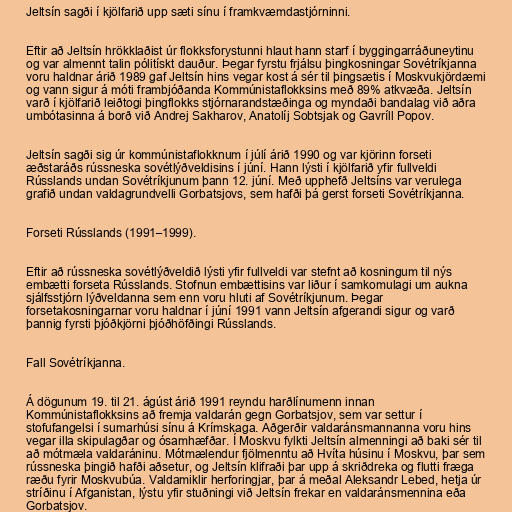
Jeltsín sagði í kjölfarið upp sæti sínu í framkvæmdastjórninni.

Eftir að Jeltsín hrökklaðist úr flokksforystunni hlaut hann starf í byggingarráðuneytinu
og var almennt talin pólitískt dauður. Þegar fyrstu frjálsu þingkosningar Sovétríkjanna
voru haldnar árið 1989 gaf Jeltsín hins vegar kost á sér til þingsætis í Moskvukjördæmi
og vann sigur á móti frambjóðanda Kommúnistaflokksins með 89% atkvæða. Jeltsín
varð í kjölfarið leiðtogi þingflokks stjórnarandstæðinga og myndaði bandalag við aðra
umbótasinna á borð við Andrej Sakharov, Anatolíj Sobtsjak og Gavríll Popov.

Jeltsín sagði sig úr kommúnistaflokknum í júlí árið 1990 og var kjörinn forseti
æðstaráðs rússneska sovétlýðveldisins í júní. Hann lýsti í kjölfarið yfir fullveldi
Rússlands undan Sovétríkjunum þann 12. júní. Með upphefð Jeltsíns var verulega
grafið undan valdagrundvelli Gorbatsjovs, sem hafði þá gerst forseti Sovétríkjanna.

Forseti Rússlands (1991–1999).

Eftir að rússneska sovétlýðveldið lýsti yfir fullveldi var stefnt að kosningum til nýs
embætti forseta Rússlands. Stofnun embættisins var liður í samkomulagi um aukna
sjálfsstjórn lýðveldanna sem enn voru hluti af Sovétríkjunum. Þegar
forsetakosningarnar voru haldnar í júní 1991 vann Jeltsín afgerandi sigur og varð
þannig fyrsti þjóðkjörni þjóðhöfðingi Rússlands.

Fall Sovétríkjanna.

Á dögunum 19. til 21. ágúst árið 1991 reyndu harðlínumenn innan
Kommúnistaflokksins að fremja valdarán gegn Gorbatsjov, sem var settur í
stofufangelsi í sumarhúsi sínu á Krímskaga. Aðgerðir valdaránsmannanna voru hins
vegar illa skipulagðar og ósamhæfðar. Í Moskvu fylkti Jeltsín almenningi að baki sér til
að mótmæla valdaráninu. Mótmælendur fjölmenntu að Hvíta húsinu í Moskvu, þar sem
rússneska þingið hafði aðsetur, og Jeltsín klifraði þar upp á skriðdreka og flutti fræga
ræðu fyrir Moskvubúa. Valdamiklir herforingjar, þar á meðal Aleksandr Lebed, hetja úr
stríðinu í Afganistan, lýstu yfir stuðningi við Jeltsín frekar en valdaránsmennina eða
Gorbatsjov.